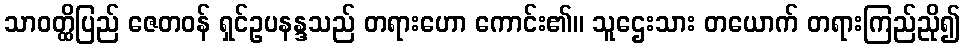
သာဝတ္ထိပြည် ဇေတဝန် ရှင်ဥပနန္ဒသည် တရားဟော ကောင်း၏။ သူဌေးသား တယောက် တရားကြည်ညို၍